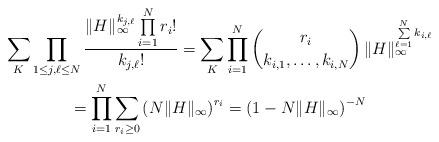
LaTeX: \begin{gather*}\sum_{K}\prod_{1\le j,\ell\le N}\frac{\|H\|_{\infty}^{k_{j,\ell}}\prod\limits_{i=1}^{N}r_i!}{k_{j,\ell}!}=\sum_{K}\prod_{i=1}^{N}\binom{r_i}{k_{i,1},\dotsc,k_{i,N}}\,\|H\|_{\infty}^{\sum\limits_{\ell=1}^{N}k_{i,\ell}} \\=\prod_{i=1}^{N}\sum_{r_i\ge0}\left(N\|H\|_{\infty}\right)^{r_i}=\left(1-N\|H\|_{\infty}\right)^{-N}\end{gather*}